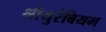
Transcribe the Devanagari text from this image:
श्रीयुरंबियम